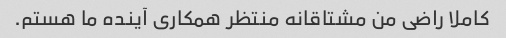
کاملا راضی من مشتاقانه منتظر همکاری آینده ما هستم.